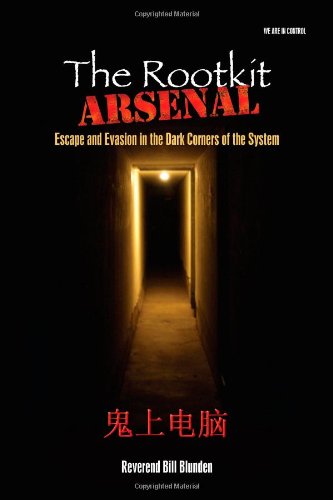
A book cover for The Rootkit Arsenal: Escape and Evasion: Escape and Evasion in the Dark Corners of the System; Bill Blunden; Computers & Technology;